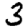
Digit: 3